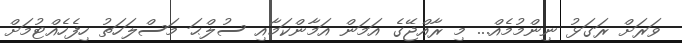
ވަރަށް ރަގަޅު ނިންމުމެއް... މި ރާއްޖޭގެ އަމަން އަމާންކަމާއި ސުލްޙަ މަސްލަހަތު ހިފެހެއްޓުމަށް